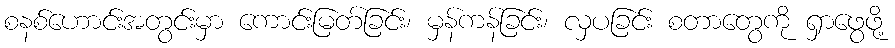
စနစ်ဟောင်းအတွင်းမှာ ကောင်းမြတ်ခြင်း၊ မှန်ကန်ခြင်း၊ လှပခြင်း စတာတွေကို ရှာဖွေဖို့